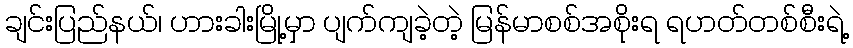
ချင်းပြည်နယ်၊ ဟားခါးမြို့မှာ ပျက်ကျခဲ့တဲ့ မြန်မာစစ်အစိုးရ ရဟတ်တစ်စီးရဲ့